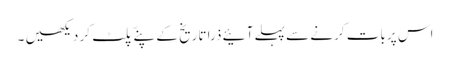
اس پر بات کرنے سے پہلے آئیے ذرا تاریخ کے پنےّ پلٹ کر دیکھیں ۔